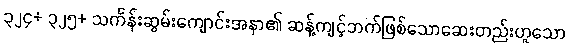
၃၂၄+ ၃၂၅+ သင်္ကန်းဆွမ်းကျောင်းအနာ၏ ဆန့်ကျင့်ဘက်ဖြစ်သောဆေးတည်းဟူသော